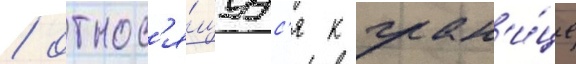
/ относ'я́щуус'я к гран'и́це